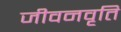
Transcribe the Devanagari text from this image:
जीवनवृति